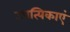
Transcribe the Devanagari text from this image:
उपत्यिकाएं